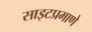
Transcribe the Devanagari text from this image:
साइटप्रमाणे